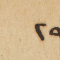
٢٩